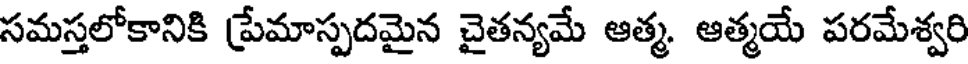
సమస్తలోకానికి ప్రేమాస్పదమైన చైతన్యమే ఆత్మ. ఆత్మయే పరమేశ్వరి